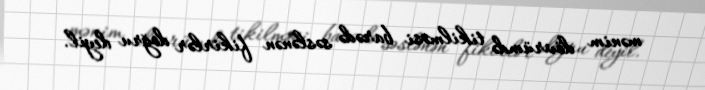
mənim dövrümdə tikilməsi barədə səslənən fikirlər doğru deyil.